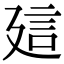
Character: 𧥡